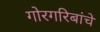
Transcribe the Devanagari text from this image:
गोरगरिबांचे